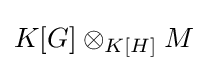
K[G]\otimes _{K[H]}M